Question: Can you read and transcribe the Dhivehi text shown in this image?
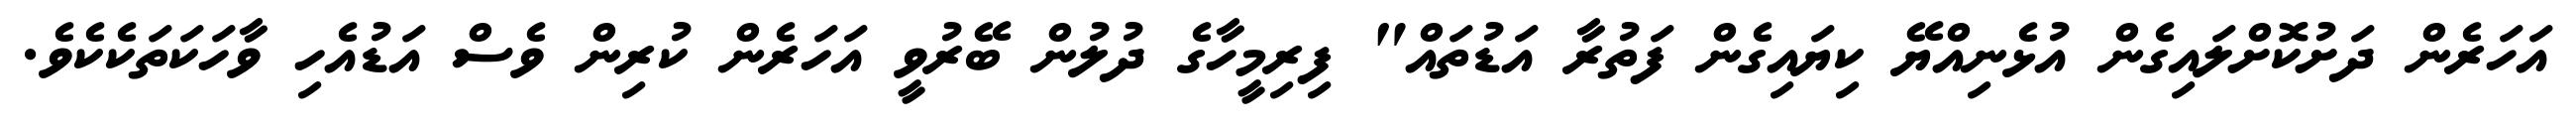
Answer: އަހަރެން ދަށުކޮށްލައިގެން އުޅެނިއްޔޭ ކިޔައިގެން ފަތުރާ އަޑުތައް" ފިރިމީހާގެ ދުލުން ބޭރުވީ އަހަރެން ކުރިން ވެސް އަޑުއެހި ވާހަކަތަކެކެވެ.